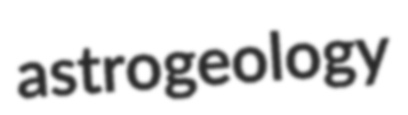
astrogeology